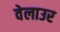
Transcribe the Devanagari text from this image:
वेलाउर